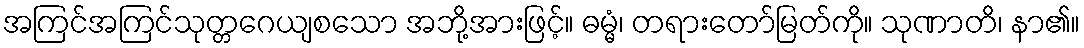
အကြင်အကြင်သုတ္တဂေယျစသော အဘို့အားဖြင့်။ ဓမ္မံ၊ တရားတော်မြတ်ကို။ သုဏာတိ၊ နာ၏။